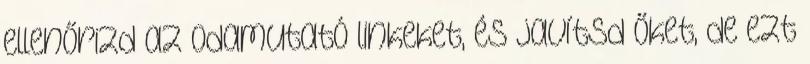
ellenőrizd az odamutató linkeket, és javítsd őket, de ezt